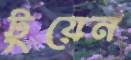
টুয়েন